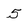
Character: 5